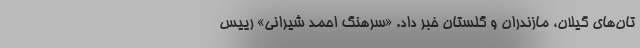
تان‌های گیلان، مازندران و گلستان خبر داد. «سرهنگ احمد شیرانی» رییس